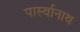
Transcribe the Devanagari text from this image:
पार्स्‍वानाथ